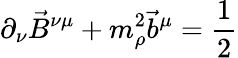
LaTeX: \partial_{\nu}{\vec{B}}^{\nu\mu}+m_{\rho}^{2}{\vec{b}}^{\mu}=\frac{1}{2}